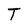
Character: T